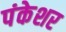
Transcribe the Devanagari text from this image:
पंकेशर